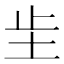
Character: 𫭠